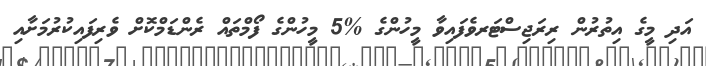
އަދި މީގެ އިތުރުން ރިރަޖިސްޓަރވެފައިވާ މީހުންގެ %5 މީހުންގެ ފޯމްތައް ރެންޑަމްކޮށް ވެރިފައިކުރުމަށާއި